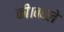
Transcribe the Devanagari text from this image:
की।बदले